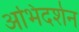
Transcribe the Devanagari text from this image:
अभिदर्शन